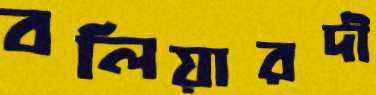
বলিয়ারদী